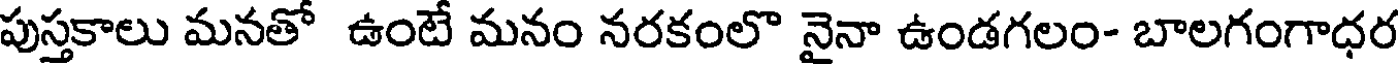
పుస్తకాలు మనతో ఉంటే మనం నరకంలొ నైనా ఉండగలం- బాలగంగాధర